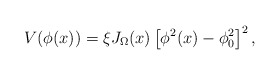
\begin{align*}V(\phi(x)) = \xi J_\Omega(x) \left[ \phi^2(x) - \phi^2_0 \right]^2,\end{align*}